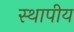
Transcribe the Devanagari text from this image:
स्थापीय